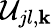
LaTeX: \mathcal{U}_{jl,{\mathbf k}}